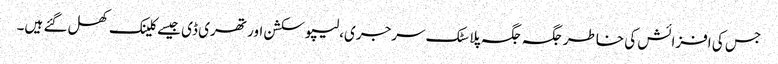
جس کی افزائش کی خاطر جگہ جگہ پلاسٹک سرجری،لیپو سکشن اور تھری ڈی جیسے کلینک کھل گئے ہیں۔